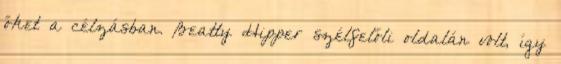
őket a célzásban. Beatty Hipper szélfelőli oldalán volt, így